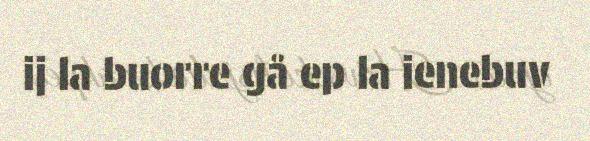
ij la buorre gå ep la ienebuv